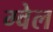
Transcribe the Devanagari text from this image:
ग्वेल